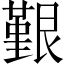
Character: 𦫒